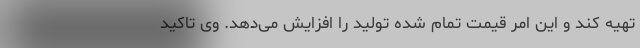
تهیه کند و این امر قیمت تمام شده تولید را افزایش می‌دهد. وی تاکید